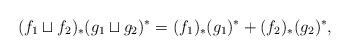
LaTeX: \begin{align*}(f_1 \sqcup f_2)_*(g_1 \sqcup g_2)^* = (f_1)_*(g_1)^* + (f_2)_*(g_2)^*,\end{align*}